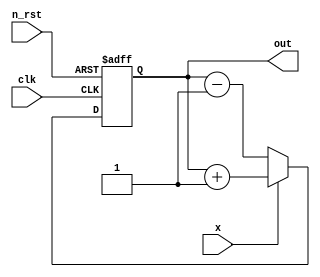
// 3-bit binary counter 
module binary_counter (
    clk,
    n_rst,
    x,
    out
);

input clk;
input n_rst;
input x;
output reg [2:0] out;

always @(posedge clk or negedge n_rst) begin
    if (!n_rst) begin
        out <= 3'b000;
    end else if (x) begin
        out <= out + 3'b001;
    end else if (!x) begin
        out <= out - 3'b001;
    end
end

endmodule